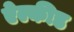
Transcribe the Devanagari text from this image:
ऐल्कीड